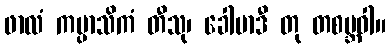
ဖာလံ ကပ္ပာသိကံ တီသု၊ ခေါမာဒီ တု တစဗ္ဘဝါ။